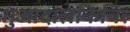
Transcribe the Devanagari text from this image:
गुआदालकिविर